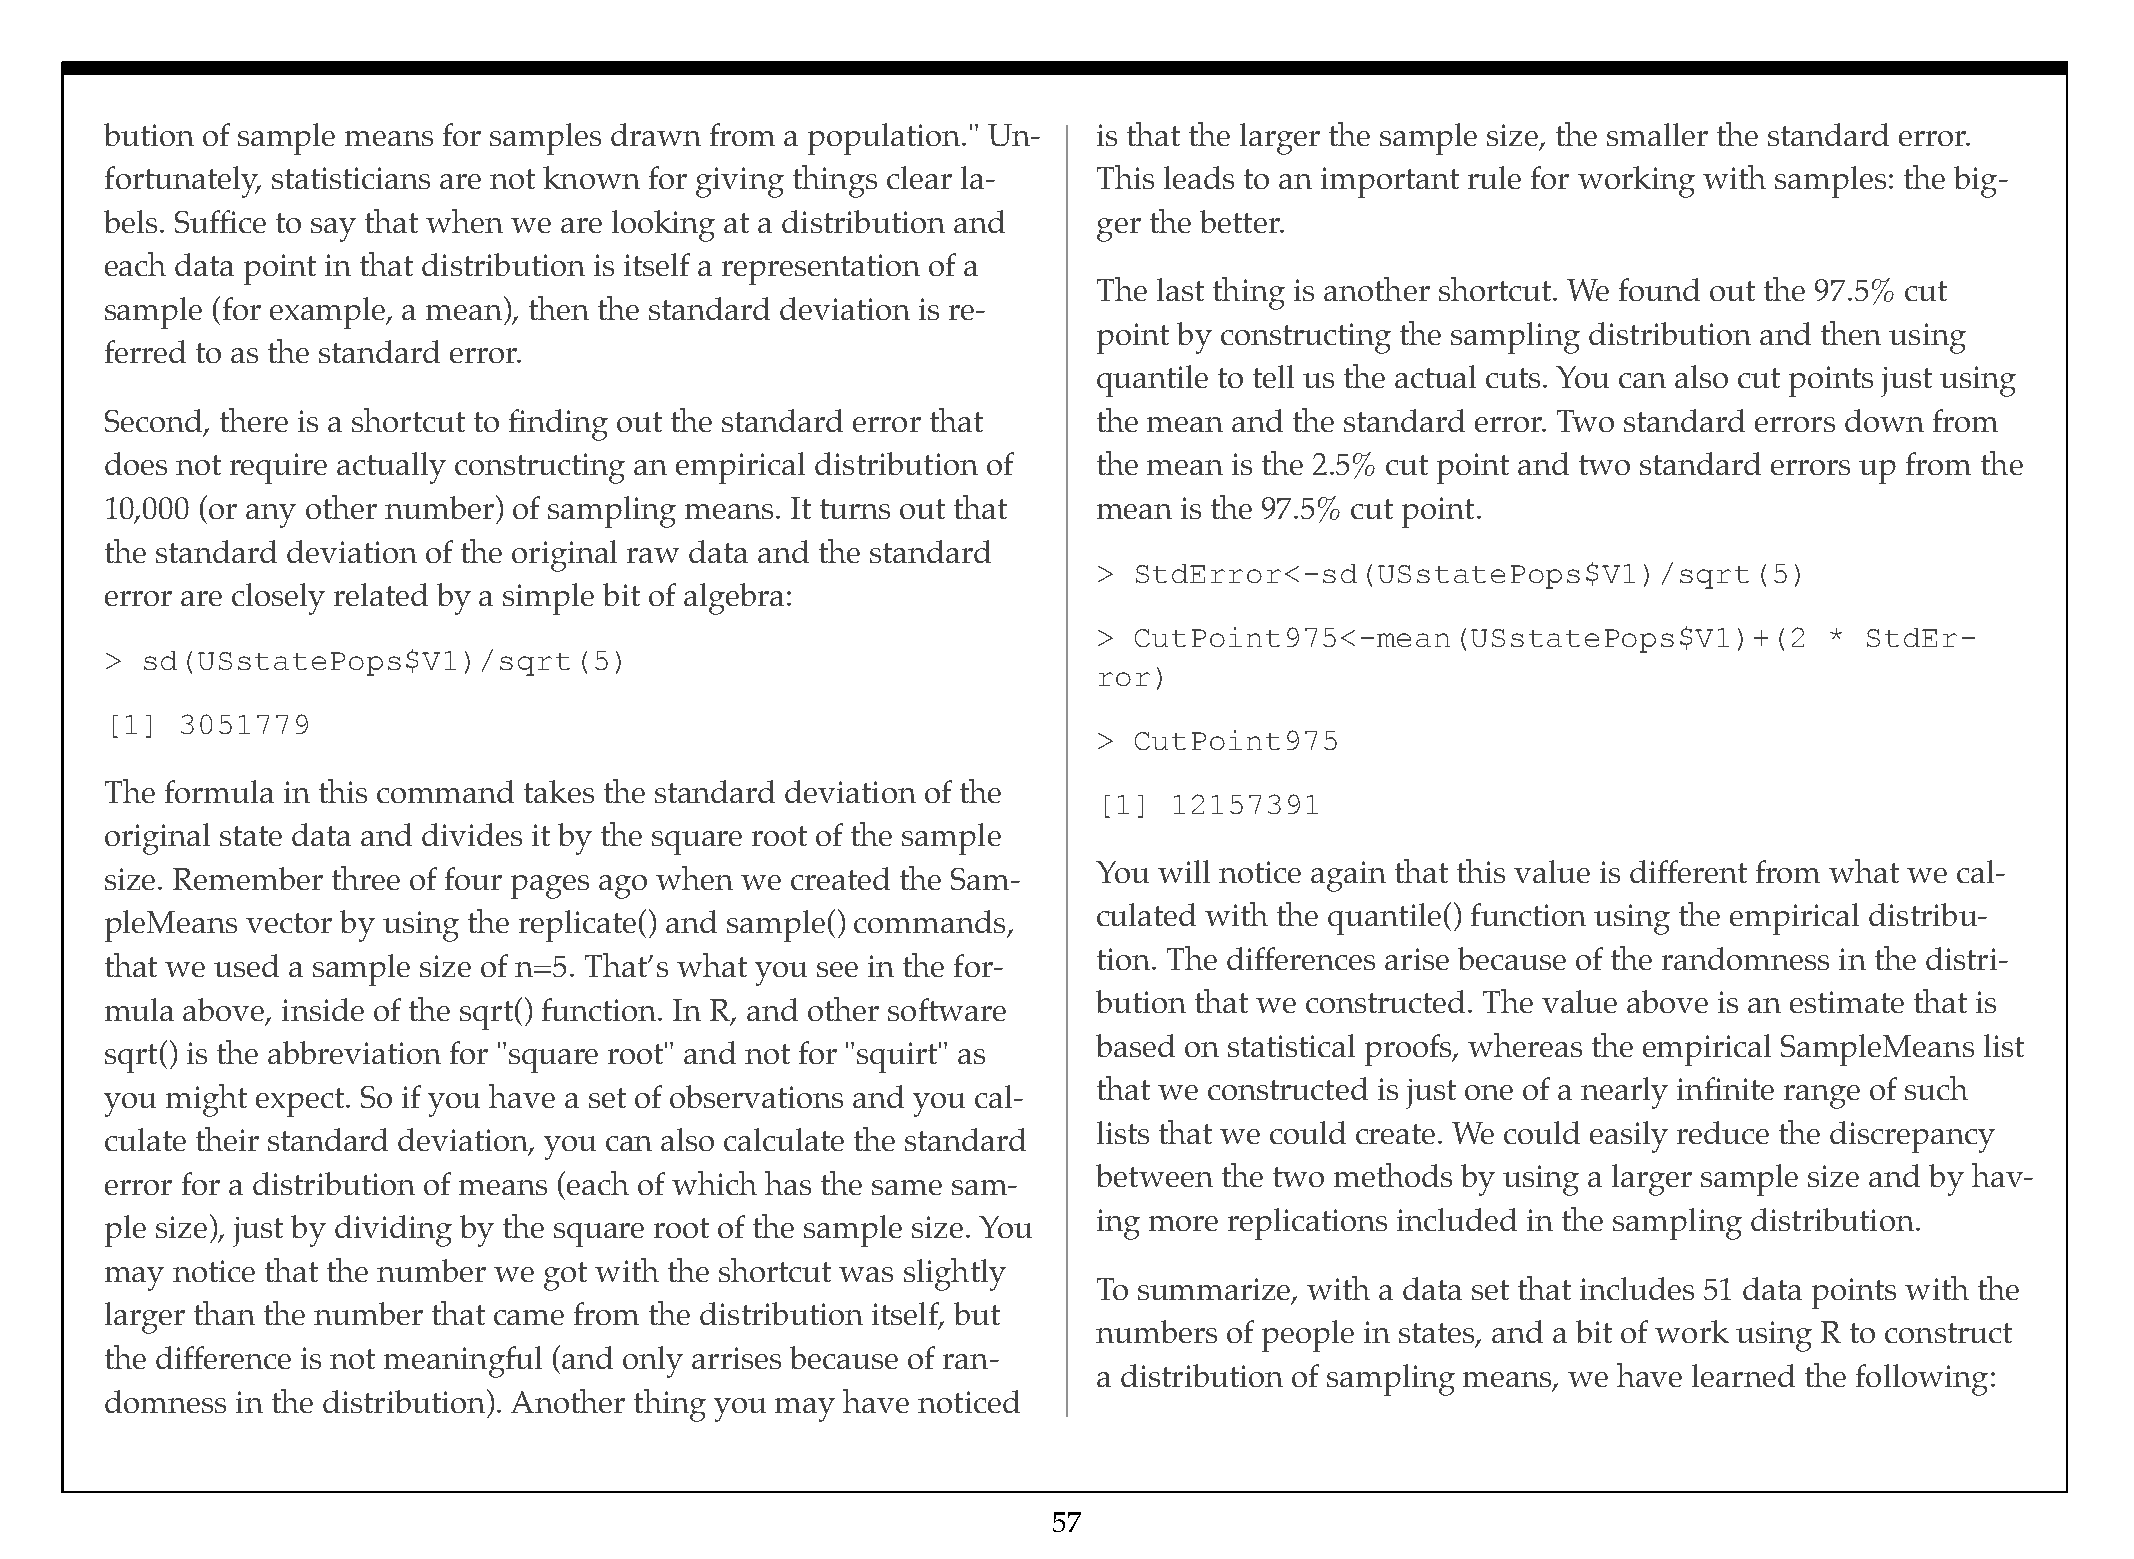
bution of sample means for samples drawn from a population." Un-  is that the larger the sample size, the smaller the standard error.
 fortunately, statisticians are not known for giving things clear la- This leads to an important rule for working with samples: the big-
 bels. Suffice to say that when we are looking at a distribution and ger the better.
 each data point in that distribution is itself a representation of a
 The last thing is another shortcut. We found out the 97.5% cut
 sample (for example, a mean), then the standard deviation is re-
 point by constructing the sampling distribution and then using
 ferred to as the standard error.
 quantile to tell us the actual cuts. You can also cut points just using
 Second, there is a shortcut to finding out the standard error that the mean and the standard error. Two standard errors down from
 does not require actually constructing an empirical distribution of the mean is the 2.5% cut point and two standard errors up from the
 10,000 (or any other number) of sampling means. It turns out that mean is the 97.5% cut point.
 the standard deviation of the original raw data and the standard
 > StdError<-sd(USstatePops$V1)/sqrt(5)
 error are closely related by a simple bit of algebra:
 > CutPoint975<-mean(USstatePops$V1)+(2          * StdEr-
 > sd(USstatePops$V1)/sqrt(5)
 ror)
 [1]  3051779
 > CutPoint975
 The formula in this command takes the standard deviation of the
 [1]  12157391
 original state data and divides it by the square root of the sample
 You will notice again that this value is different from what we cal-
 size. Remember three of four pages ago when we created the Sam-
 culated with the quantile() function using the empirical distribu-
 pleMeans vector by using the replicate() and sample() commands,
 tion. The differences arise because of the randomness in the distri-
 that we used a sample size of n=5. That’s what you see in the for-
 bution that we constructed. The value above is an estimate that is
 mula above, inside of the sqrt() function. In R, and other software
 based on statistical proofs, whereas the empirical SampleMeans list
 sqrt() is the abbreviation for "square root" and not for "squirt" as
 that we constructed is just one of a nearly infinite range of such
 you might expect. So if you have a set of observations and you cal-
 lists that we could create. We could easily reduce the discrepancy
 culate their standard deviation, you can also calculate the standard
 between the two methods by using a larger sample size and by hav-
 error for a distribution of means (each of which has the same sam-
 ing more replications included in the sampling distribution.
 ple size), just by dividing by the square root of the sample size. You
 may notice that the number we got with the shortcut was slightly
 To summarize, with a data set that includes 51 data points with the
 larger than the number that came from the distribution itself, but
 numbers of people in states, and a bit of work using R to construct
 the difference is not meaningful (and only arrises because of ran-
 a distribution of sampling means, we have learned the following:
 domness  in the distribution). Another thing you may have noticed
 57